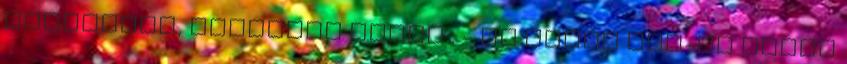
kommented, törlésre kerül : - ha mégis OFF-ot írnál